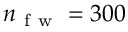
n _ { \mathrm { ~ f ~ w ~ } } = 3 0 0